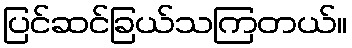
ပြင်ဆင်ခြယ်သကြတယ်။